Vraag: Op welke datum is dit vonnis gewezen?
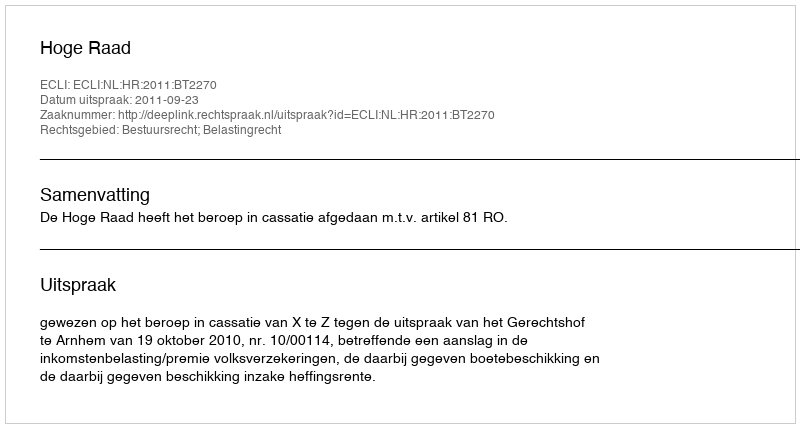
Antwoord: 2011-09-23